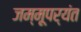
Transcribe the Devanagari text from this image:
जम्मूपर्यंत